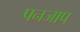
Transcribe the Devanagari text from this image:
पनजाप